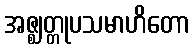
အဇ္ဈတ္တုပသမာဟိတော